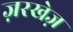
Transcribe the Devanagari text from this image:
ज़रखेज़